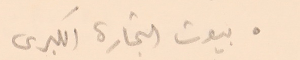
●بيوت التجارة الكبرى